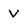
Character: V